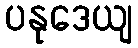
ပနုဒေယျ